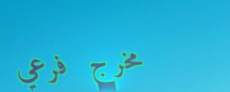
مخرج فرعي